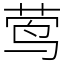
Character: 莺